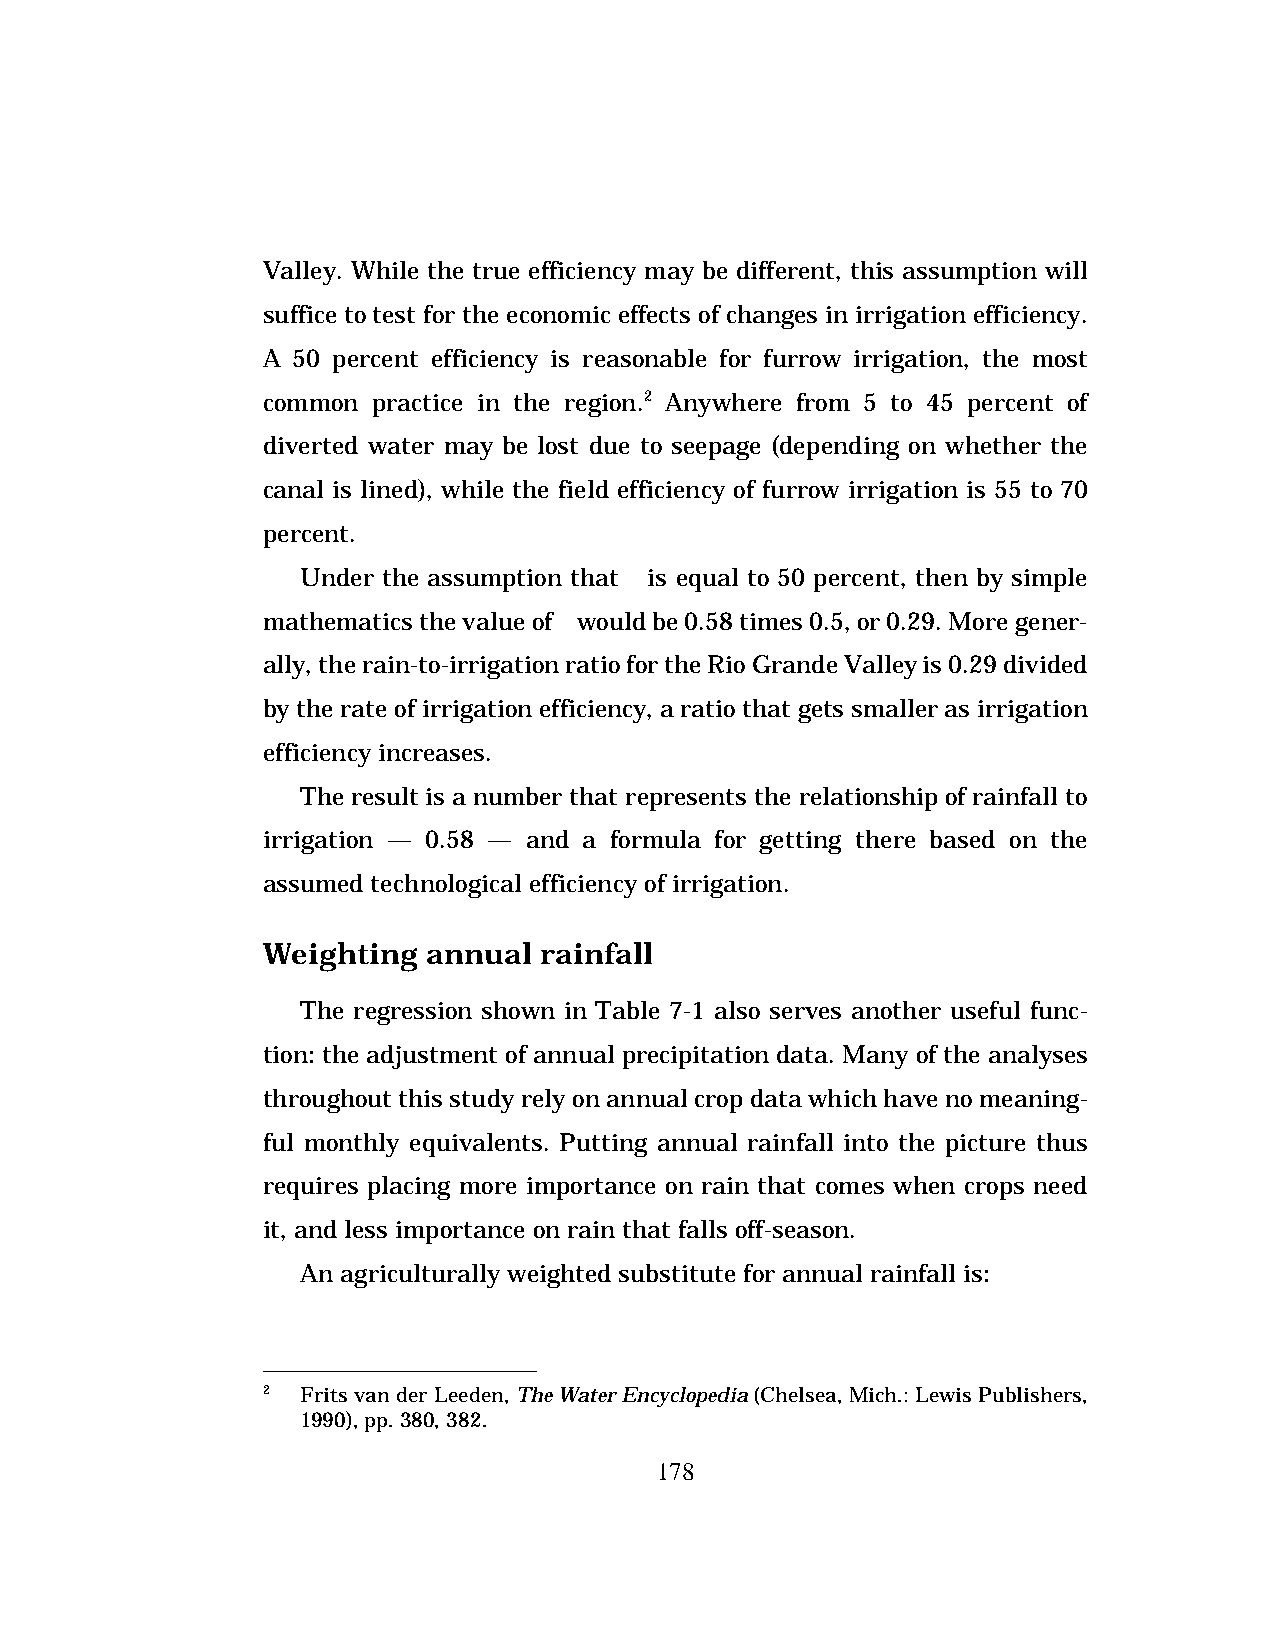
Valley. While the true efficiency may be different, this assumption will
 suffice to test for the economic effects of changes in irrigation efficiency.
 A 50 percent efficiency is reasonable for furrow irrigation, the most
 common  practice in the region.2 Anywhere from 5 to 45 percent of
 diverted water may be lost due to seepage (depending on whether the
 canal is lined), while the field efficiency of furrow irrigation is 55 to 70
 percent.
 Under the assumption that f is equal to 50 percent, then by simple
 mathematics the value of z would be 0.58 times 0.5, or 0.29. More gener-
 ally, the rain-to-irrigation ratio for the Rio Grande Valley is 0.29 divided
 by the rate of irrigation efficiency, a ratio that gets smaller as irrigation
 efficiency increases.
 The result is a number that represents the relationship of rainfall to
 irrigation — 0.58 — and a formula for getting there based on the
 assumed technological efficiency of irrigation.
 Weighting  annual  rainfall
 The regression shown in Table 7-1 also serves another useful func-
 tion: the adjustment of annual precipitation data. Many of the analyses
 throughout this study rely on annual crop data which have no meaning-
 ful monthly equivalents. Putting annual rainfall into the picture thus
 requires placing more importance on rain that comes when crops need
 it, and less importance on rain that falls off-season.
 An agriculturally weighted substitute for annual rainfall is:
 2  Frits van der Leeden, The Water Encyclopedia (Chelsea, Mich.: Lewis Publishers,
 1990), pp. 380, 382.
 178